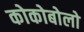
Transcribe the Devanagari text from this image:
कोकोबोलो